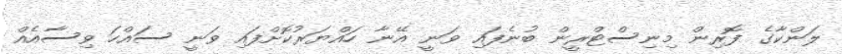
ލަންކާގެ ފޮރިން މިނިސްޓްރީން ބުނެފައި ވަނީ އޭނާ ހައްޔަރުކޮށްފައި ވަނީ ސައްހަ ވިސާއެއް